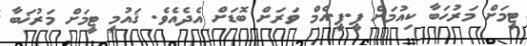
ޓީމަށް މަރުހަބާ ކިއުމަށް ޕީ.ޕީ.އެމް ވަރަށް ބޮޑަށް އެދެއެވެ. ޤައުމީ ޓީމަށް މަރުޚަބާ